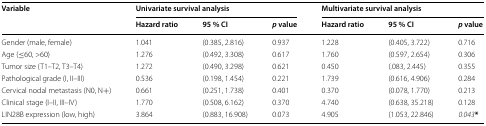
<table><thead><tr><td rowspan="2"><b>Variable</b></td><td colspan="3"><b>Univariate survival analysis</b></td><td colspan="3"><b>Multivariate survival analysis</b></td></tr><tr><td><b>Hazard ratio</b></td><td><b>95 % CI</b></td><td><b><i>p</i> value</b></td><td><b>Hazard ratio</b></td><td><b>95 % CI</b></td><td><b><i>p</i> value</b></td></tr></thead><tbody><tr><td>Gender (male, female)</td><td>1.041</td><td>(0.385, 2.816)</td><td>0.937</td><td>1.228</td><td>(0.405, 3.722)</td><td>0.716</td></tr><tr><td>Age (≤60, &gt;60)</td><td>1.276</td><td>(0.492, 3.308)</td><td>0.617</td><td>1.760</td><td>(0.597, 2.654)</td><td>0.306</td></tr><tr><td>Tumor size (T1–T2, T3–T4)</td><td>1.272</td><td>(0.490, 3.298)</td><td>0.621</td><td>0.450</td><td>(.083, 2.445)</td><td>0.355</td></tr><tr><td>Pathological grade (I, II–III)</td><td>0.536</td><td>(0.198, 1.454)</td><td>0.221</td><td>1.739</td><td>(0.616, 4.906)</td><td>0.284</td></tr><tr><td>Cervical nodal metastasis (N0, N+)</td><td>0.661</td><td>(0.251, 1.738)</td><td>0.401</td><td>0.370</td><td>(0.078, 1.770)</td><td>0.213</td></tr><tr><td>Clinical stage (I–II, III–IV)</td><td>1.770</td><td>(0.508, 6.162)</td><td>0.370</td><td>4.740</td><td>(0.638, 35.218)</td><td>0.128</td></tr><tr><td>LIN28B expression (low, high)</td><td>3.864</td><td>(0.883, 16.908)</td><td>0.073</td><td>4.905</td><td>(1.053, 22.846)</td><td><i>0.043</i><b>*</b></td></tr></tbody></table>